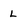
Character: L